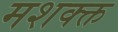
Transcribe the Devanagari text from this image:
मशक्क्त